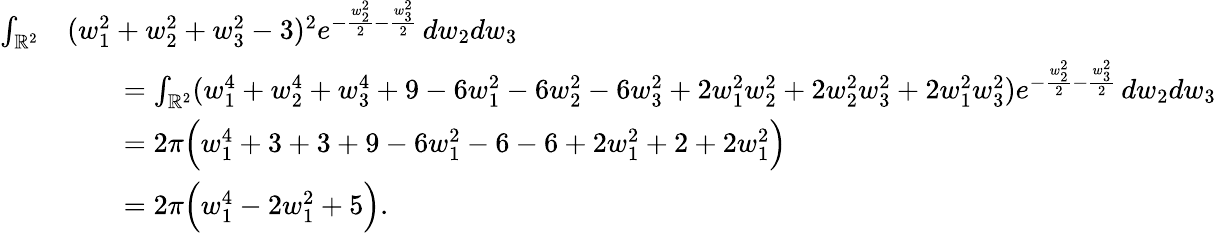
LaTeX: \begin{array}{rl}{\int_{\mathbb{R}^{2}}}&{(w_{1}^{2}+w_{2}^{2}+w_{3}^{2}-3)^{2}e^{-\frac{w_{2}^{2}}{2}-\frac{w_{3}^{2}}{2}}\, dw_{2}dw_{3}}\\ &{\qquad=\int_{\mathbb{R}^{2}}(w_{1}^{4}+w_{2}^{4}+w_{3}^{4}+9-6w_{1}^{2}-6w_{2}^{2}-6w_{3}^{2}+2w_{1}^{2}w_{2}^{2}+2w_{2}^{2}w_{3}^{2}+2w_{1}^{2}w_{3}^{2})e^{-\frac{w_{2}^{2}}{2}-\frac{w_{3}^{2}}{2}}\, dw_{2}dw_{3}}\\ &{\qquad=2\pi\Big(w_{1}^{4}+3+3+9-6w_{1}^{2}-6-6+2w_{1}^{2}+2+2w_{1}^{2}\Big)}\\ &{\qquad=2\pi\Big(w_{1}^{4}-2w_{1}^{2}+5\Big).}\end{array}